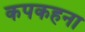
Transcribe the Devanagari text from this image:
कपकहना